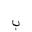
Letter: _ba